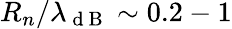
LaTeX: R_{n}/\lambda_{\mathrm{~d~B~}}\sim 0.2-1